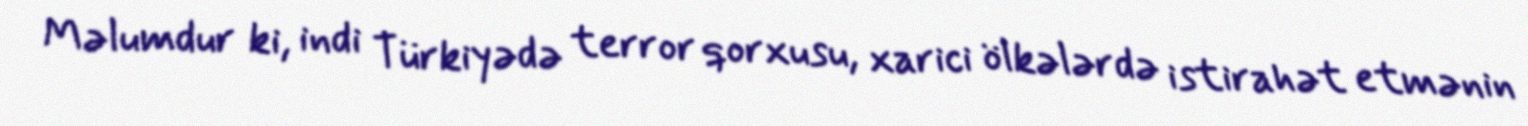
Məlumdur ki, indi Türkiyədə terror qorxusu, xarici ölkələrdə istirahət etmənin